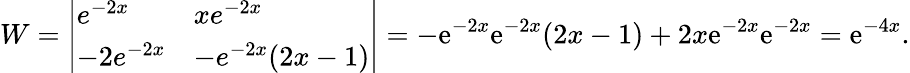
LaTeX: W={\left|\begin{array}{ll}{e^{-2x}}&{xe^{-2x}}\\ {-2e^{-2x}}&{-e^{-2x}(2x-1)}\end{array}\right|}=-\mathrm{e}^{-2x}\mathrm{e}^{-2x}(2x-1)+2x\mathrm{e}^{-2x}\mathrm{e}^{-2x}=\mathrm{e}^{-4x}.